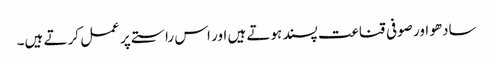
سادھو اور صوفی قناعت پسند ہوتے ہیں اور اس راستے پر عمل کرتے ہیں۔